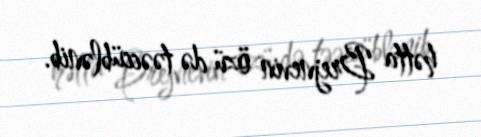
hətta Brejnevin özü də təəccüblənib.